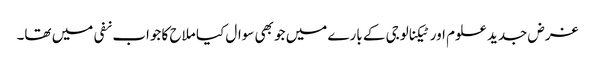
غرض جدید علوم اور ٹیکنالوجی کے بارے میں جو بھی سوال کیا ملاح کا جواب نفی میں تھا۔